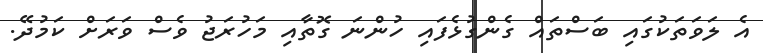
އެ ލަވަތަކުގައި ބަސްތައް ގެންގުޅެފައި ހުންނަ ގޮތާއި މަހުރަޖު ވެސް ވަރަށް ކަމުދޭ.